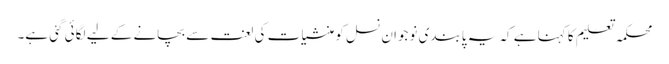
محکمہ تعلیم کا کہنا ہے کہ یہ پابندی نوجوان نسل کو منشیات کی لعنت سے بچانے کے لیے لگائی گئی ہے۔